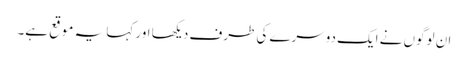
ان لوگوں نے ایک دوسرے کی طرف دیکھا اور کہا یہ موقع ہے۔